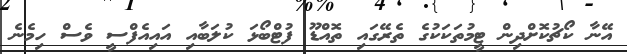
އޭނާ ކޯޗުކޮށްދިން ޓީމުތަކަކުގެ ތެރޭގައި ތޮއްޑޫ ފުޓްބޯޅަ ކުލަބާއި އައިއެފްސީ ވެސް ހިމެނެ